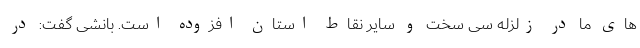
های ما در زلزله سی سخت و سایر نقاط استان افزوده است. بانشی گفت: در